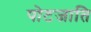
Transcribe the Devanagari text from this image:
पोटजाति